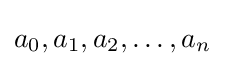
a_{0},a_{1},a_{2},\ldots ,a_{n}